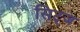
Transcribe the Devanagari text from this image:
सिट्ज